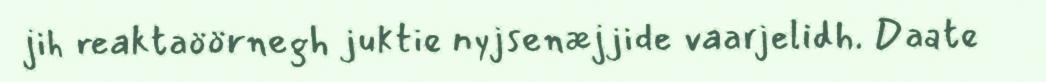
jih reaktaöörnegh juktie nyjsenæjjide vaarjelidh. Daate